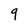
Character: 9